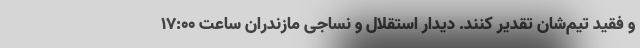
و فقید تیم‌شان تقدیر کنند. دیدار استقلال و نساجی مازندران ساعت ۱۷:۰۰